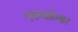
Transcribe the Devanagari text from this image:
एकचक्रेश्वर